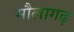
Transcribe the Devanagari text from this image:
मौलागढ़